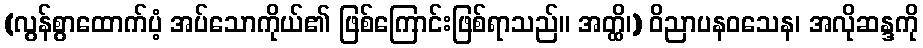
(လွန်စွာထောက်ပံ့ အပ်သောကိုယ်၏ ဖြစ်ကြောင်းဖြစ်ရာသည်။ အတ္ထိ၊) ဝိညာပနဝသေန၊ အလိုဆန္ဒကို